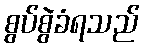
စွပ်စွဲခံရသည်